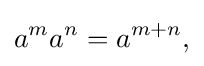
\displaystyle {a^{m}a^{n}=a^{m+n},}